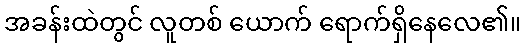
အခန်းထဲတွင် လူတစ် ယောက် ရောက်ရှိနေလေ၏။